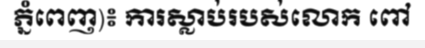
ភ្នំពេញ)៖ ការស្លាប់របស់លោក ពៅ